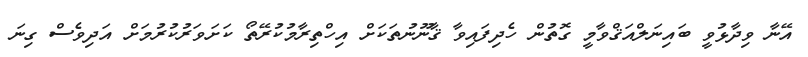
އޭނާ ވިދާޅުވީ ބައިނަލްއަޤްވާމީ ގޮތުން ހެދިފައިވާ ޤާނޫނުތަކަށް އިހްތިރާމުކުރޭތޯ ކަށަވަރުކުރުމަށް އަދިވެސް ގިނަ